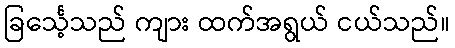
ခြင်္သေ့သည် ကျား ထက်အရွယ် ငယ်သည်။